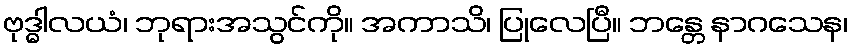
ဗုဒ္ဓါလယံ၊ ဘုရားအသွင်ကို။ အကာသိ၊ ပြုလေပြီ။ ဘန္တေ နာဂသေန၊